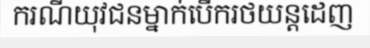
ករណីយុវជនម្នាក់បើករថយន្តដេញ